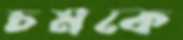
চমকে